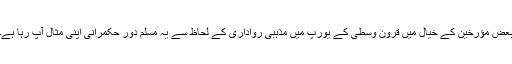
بعض مؤرخین کے خیال میں قرون وسطیٰ کے یورپ میں مذہبی رواداری کے لحاظ سے یہ مسلم دور حکمرانی اپنی مثال آپ رہا ہے۔